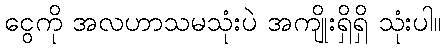
ငွေကို အလဟာသမသုံးပဲ အကျိုးရှိရှိ သုံးပါ။